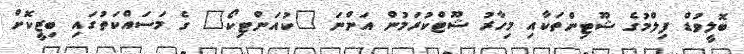
ބޮލީވުޑް ފިލްމުގެެ ޝޫޓިންތަކާއި މިހާރު ޝޫޓްކުރަމުން އަންނަ "ކުއަންޓިކޯ" ގެ މަސައްކަތުގައި ބިޒީކޮށް